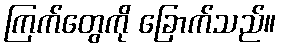
ကြက်တွေကို ခြောက်သည်။